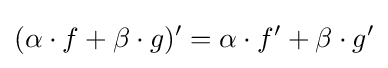
(\alpha \cdot f+\beta \cdot g)'=\alpha \cdot f'+\beta \cdot g'